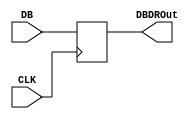
`timescale 1ns / 1ps

module DBDR(
    input CLK,
    input [31:0]DB,
    output reg[31:0]DBDROut
    );
    
    reg [31:0]DBDR;
    
    initial
    begin
        DBDR=32'b0;
    end
    
    always@(negedge CLK)
    begin
        DBDROut<=DBDR;
    end
    
    always@(DB)
    begin
        DBDR=DB;
    end
    
endmodule